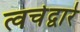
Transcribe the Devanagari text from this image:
त्वचेद्वारे